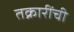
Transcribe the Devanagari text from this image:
तक्रारींची